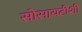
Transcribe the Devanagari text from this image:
सोसायटीशी